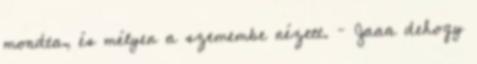
mondta, és mélyen a szemembe nézett. – Jaaa dehogy